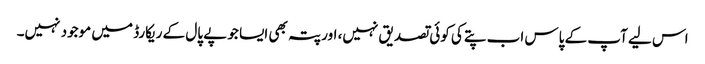
اس لیے آپ کے پاس اب پتے کی کوئی تصدیق نہیں، اور پتہ بھی ایسا جو پے پال کے ریکارڈ میں موجود نہیں۔